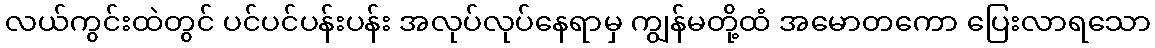
လယ်ကွင်းထဲတွင် ပင်ပင်ပန်းပန်း အလုပ်လုပ်နေရာမှ ကျွန်မတို့ထံ အမောတကော ပြေးလာရသော